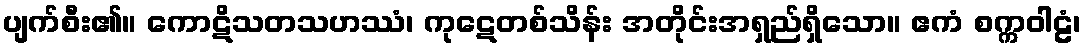
ပျက်စီး၏။ ကောဋိသတသဟဿံ၊ ကုဋေတစ်သိန်း အတိုင်းအရှည်ရှိသော။ ဧကံ စက္ကဝါဠံ၊